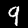
Label: 9